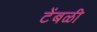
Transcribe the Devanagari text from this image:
टेंबळी